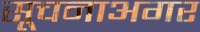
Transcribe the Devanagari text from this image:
सूचनाअगर